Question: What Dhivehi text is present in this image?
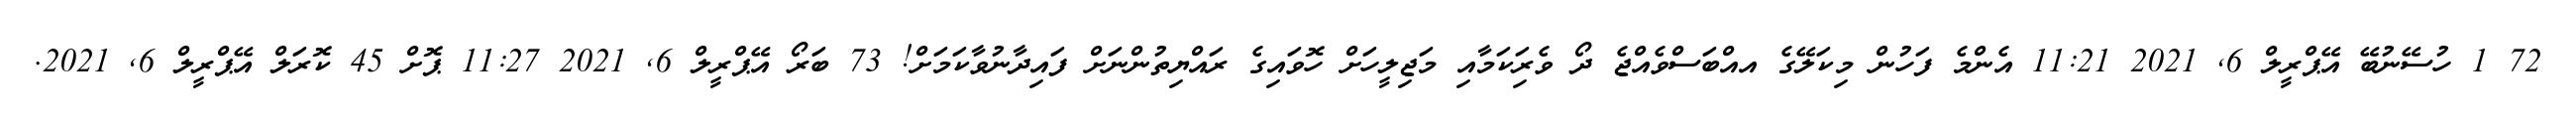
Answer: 72 1 ހުސޭނުބޭ އޭޕްރީލް 6, 2021 11:21 އެންމެ ފަހުން މިކަލޭގެ އއްބަސްވެއްޖެ ދޯ ވެރިަކަމާއި މަޖިލީހަށް ހޮވައިގެ ރައްޔިތުންނަށް ފައިދާނުވާކަމަށް! 73 ބަރޯ އޭޕްރީލް 6, 2021 11:27 ޕޮށް 45 ކޮރަލް އޭޕްރީލް 6, 2021.